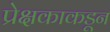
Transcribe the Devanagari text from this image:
प्रेक्षकाकडून